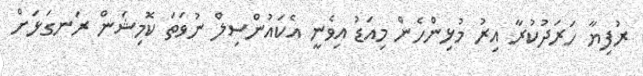
ރުފިޔާ ހަރަދުކުރާ އިރު މުޅިންހެން މިއަޑު އިވެނީ އެކައުންސިލް ނުވަތަ ކޮމިޝަން ރަނގަޅަށް